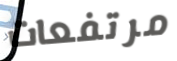
مرتفعات